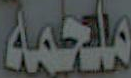
ملحمة